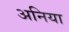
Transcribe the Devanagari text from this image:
अनिया